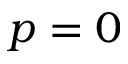
p = 0